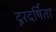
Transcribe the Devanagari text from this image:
दूरदर्षिता